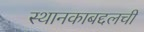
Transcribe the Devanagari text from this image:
स्थानकाबद्दलची